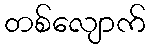
တစ်လျောက်